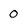
Character: o